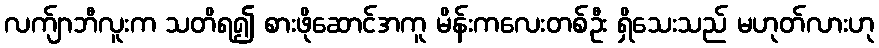
လက်ျာဘီလူးက သတိရ၍ စားဖိုဆောင်အကူ မိန်းကလေးတစ်ဦး ရှိသေးသည် မဟုတ်လားဟု